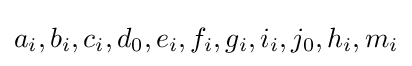
a_{i},b_{i},c_{i},d_{0},e_{i},f_{i},g_{i},i_{i},j_{0},h_{i},m_{i}